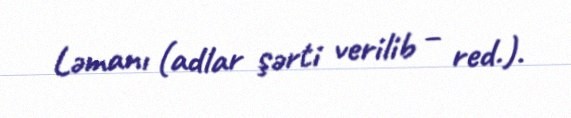
Ləmanı (adlar şərti verilib – red.).